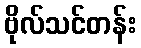
ဗိုလ်သင်တန်း